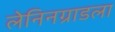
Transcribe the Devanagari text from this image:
लेनिनग्राडला